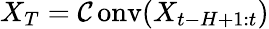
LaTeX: X_{T}=\operatorname{\mathcal{C}onv}(X_{t-H+1:t})